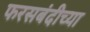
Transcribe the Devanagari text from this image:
फरसबंदीच्या